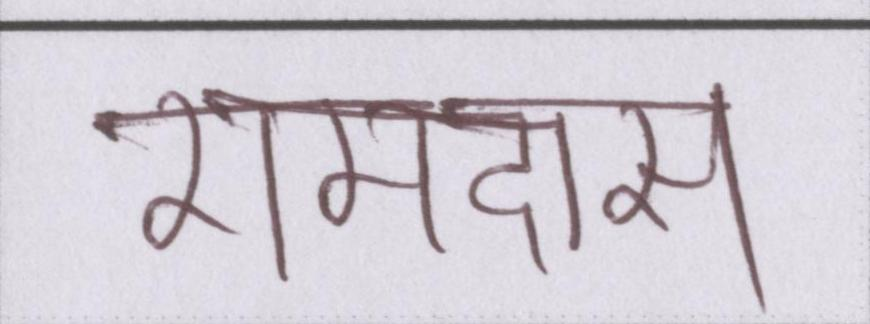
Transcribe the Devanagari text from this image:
रामदास